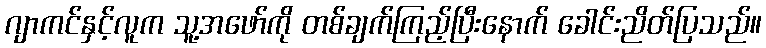
ဂျာကင်နှင့်လူက သူ့အဖော်ကို တစ်ချက်ကြည့်ပြီးနောက် ခေါင်းညိတ်ပြသည်။